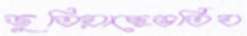
জুতিয়াছেভর্তিয